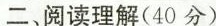
二、阅读理解(40分)